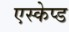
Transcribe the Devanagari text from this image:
एस्केप्ड